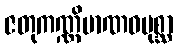
ဇတုကဏ္ဏိမာဏဝပုစ္ဆာ